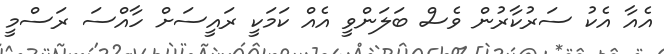
އެއާ އެކު ސަރުކާރުން ވެސް ބަލަންވީ އެއް ކަމަކީ ރައީސަށް ހާއްސަ ރަސްމީ